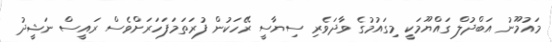
މައުމޫނު އަބްދުލް ގައްޔޫމަކީ މިގައުމުގެ ވާދަވެރި ސިޔާސީ ރޭހަކުން ފުރަތަމަފަހަރަށްވެސް ރައީސް ނަޝީދު